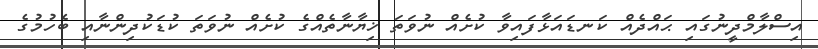
އިސްލާމްދީނުގައި ޙައްދެއް ކަނޑައަޅާފައިވާ ކުށެއް ނުވަތަ ޚިޔާނާތެއްގެ ކުށެއް ނުވަތަ ކުޑަކުދިންނާއި ބެހުމުގެ